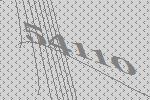
54110